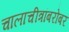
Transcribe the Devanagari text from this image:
चालाचीत्रांबरोबर